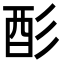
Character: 𫹉